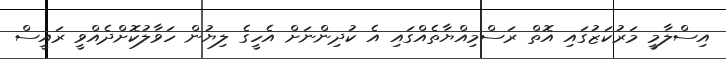
އިސްލާމީ މަރުކަޒުގައި އޮތް ރަސްމިއްޔާތެއްގައި އެ ކުދިންނަށް އެހީގެ ލިޔުން ހަވާލުކޮށްދެއްވީ ރައީސް